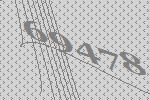
69478